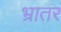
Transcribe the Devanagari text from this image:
भ्रातरं